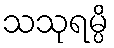
သသုရမ္ပိ